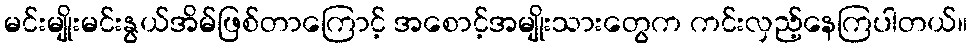
မင်းမျိုးမင်းနွယ်အိမ်ဖြစ်တာကြောင့် အစောင့်အမျိုးသားတွေက ကင်းလှည့်နေကြပါတယ်။